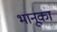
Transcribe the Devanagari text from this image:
भानूका